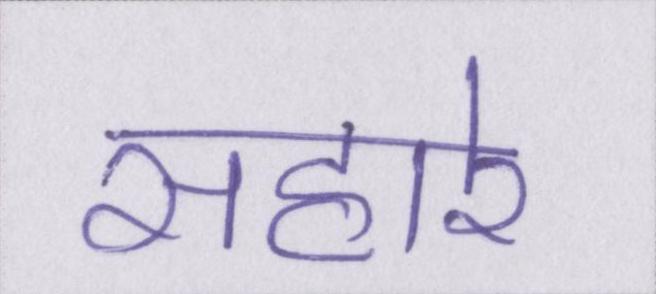
सहारे